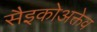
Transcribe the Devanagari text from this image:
सैइकोअक्तेव